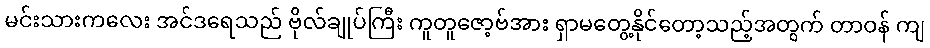
မင်းသားကလေး အင်ဒရေသည် ဗိုလ်ချုပ်ကြီး ကူတူဇော့ဗ်အား ရှာမတွေ့နိုင်တော့သည့်အတွက် တာဝန် ကျ